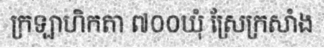
ក្រឡាហិកតា ៧០០ឃុំ ស្រែក្រសាំង